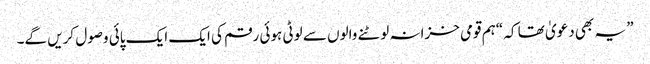
” یہ بھی دعویٰ تھا کہ “ہم قومی خزانہ لوٹنے والوں سے لوٹی ہوئی رقم کی ایک ایک پائی وصول کریں گے۔